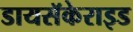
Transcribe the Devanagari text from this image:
डायसॅकेराइड